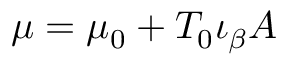
\mu = \mu _ { 0 } + T _ { 0 } \iota _ { \beta } A